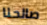
صالحنا